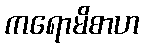
ကရောမိစာဟ